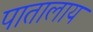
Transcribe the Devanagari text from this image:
पातालाय